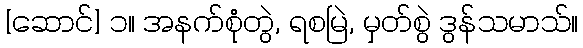
[ဆောင်] ၁။ အနက်စုံတွဲ, ရစမြဲ, မှတ်စွဲ ဒွန်သမာသ်။